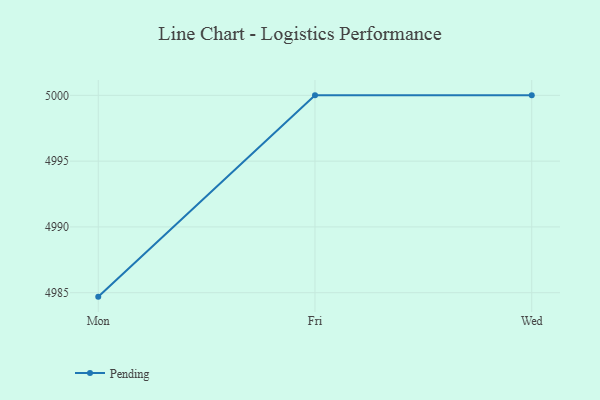
{"axis": {"x": "Day", "y": "Backlog"}, "legend": ["Pending"], "data": [{"x": "Mon", "y": 4984.7, "type": "Pending"}, {"x": "Fri", "y": 5000, "type": "Pending"}, {"x": "Wed", "y": 5000, "type": "Pending"}]}